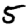
Digit: 5